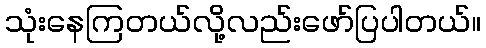
သုံးနေကြတယ်လို့လည်းဖော်ပြပါတယ်။